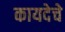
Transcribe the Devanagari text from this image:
कायदेचे